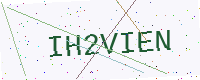
Text: IH2VIEN